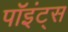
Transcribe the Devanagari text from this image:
पॉइंट्‌स